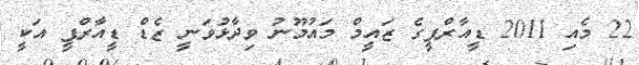
22 މެއި 2011 ޑީއާރްޕީގެ ޒައީމް މައުމޫނު ވިދާޅުވަނީ ޒެޑް ޑީއާރްޕީ އަކީ